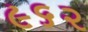
૯૬૨